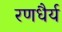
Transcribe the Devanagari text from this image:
रणधैर्य